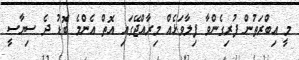
މީ އިބްރަތުން ފުރިގެންވާ ފިލާވަޅެއް މިރާއްޖޭގައި އޮތް އެންމެ ބޮޑު ދެ ސިޔާސީ